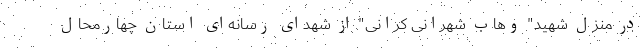
در منزل شهید" وهاب شهرانی کرانی" از شهدای رسانه‌ای استان چهارمحال